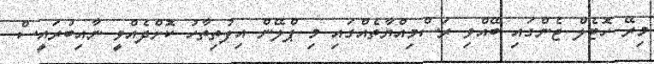
މިރޭ ހޮޓެލް ޖެންގައި ބޭއްވި ރަސްމިއްޔާތެއްގައި މި ޕްލޭން އިފުތިތާހު ކޮށްދެއްވީ ނާއިބުރައީސް